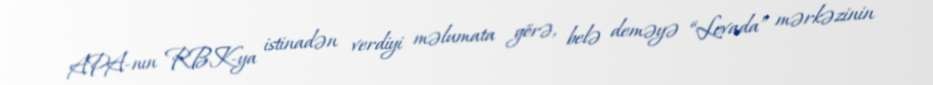
APA-nın RBK-ya istinadən verdiyi məlumata görə, belə deməyə “Levada” mərkəzinin